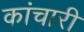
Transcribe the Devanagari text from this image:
कांचारी